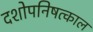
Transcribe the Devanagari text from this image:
दशोपनिषत्काल